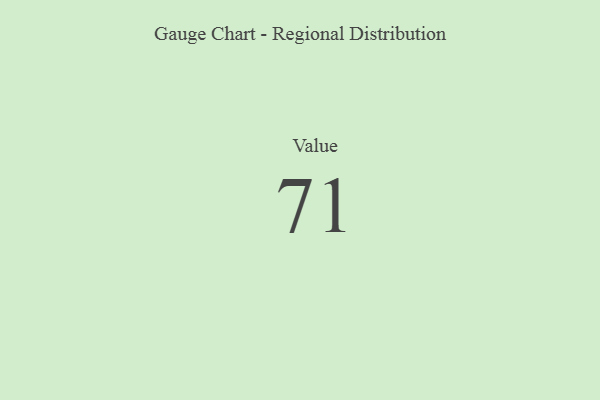
{"axis": {"x": "Metric", "y": "Value"}, "legend": [""], "data": [{"x": "Value", "y": 71, "type": ""}]}